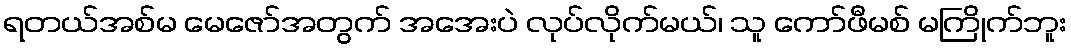
ရတယ်အစ်မ မေဇော်အတွက် အအေးပဲ လုပ်လိုက်မယ်၊ သူ ကော်ဖီမစ် မကြိုက်ဘူး